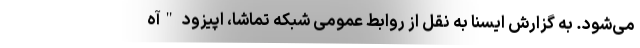
می‌شود. به گزارش ایسنا به نقل از روابط عمومی شبکه تماشا، اپیزود "آه